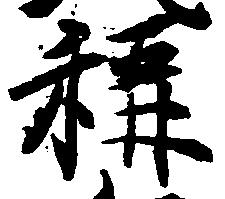
称